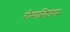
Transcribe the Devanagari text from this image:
रोमानिउम